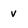
Character: v